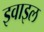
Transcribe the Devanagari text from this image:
इवाइल